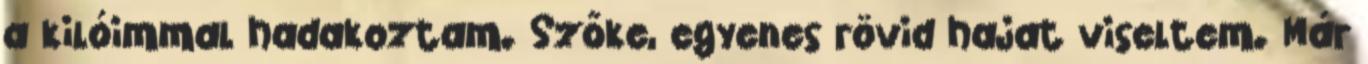
a kilóimmal hadakoztam. Szőke, egyenes rövid hajat viseltem. Már